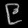
Digit: ၉